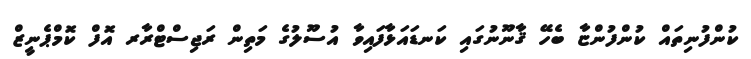
ކުންފުނިތައް ކުންފުންޏާ ބެހޭ ޤާނޫނުގައި ކަނޑައަޅާފައިވާ އުސޫލުގެ މަތިން ރަޖިސްޓްރާރ އޮފް ކޮމްޕެނީޒް